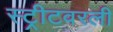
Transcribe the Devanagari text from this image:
स्ट्रीटवरली